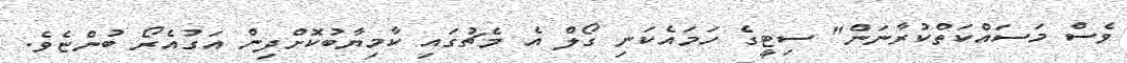
ވެސް މަސައްކަތްކުރާނަން" ސިޓީގެ ހަމައެކަނި ގޯލް އެ މެޗުގައި ކާމިޔާބުކޮށްދިން އަގުއެރޯ ބުންޏެވެ.